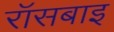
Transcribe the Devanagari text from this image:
रॉसबाइ